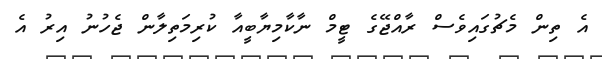
އެ ތިން މެޗުގައިވެސް ރާއްޖޭގެ ޓީމް ނާކާމިޔާބީއާ ކުރިމަތިލާން ޖެހުނު އިރު އެ